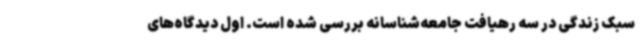
سبک زندگی در سه رهیافت جامعه‌شناسانه بررسی شده است. اول دیدگاه‌های